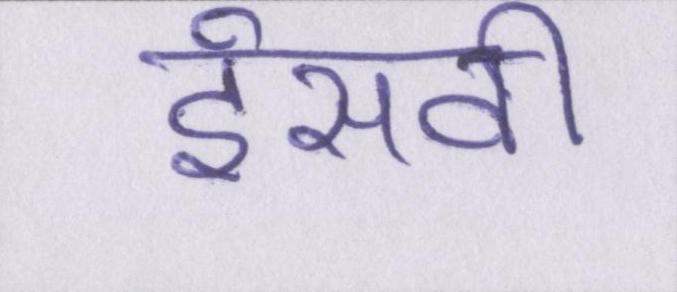
ईसवी